65_HS1-834228961_62-HQ-83894_Section_8
Agency: FBI
Page 87
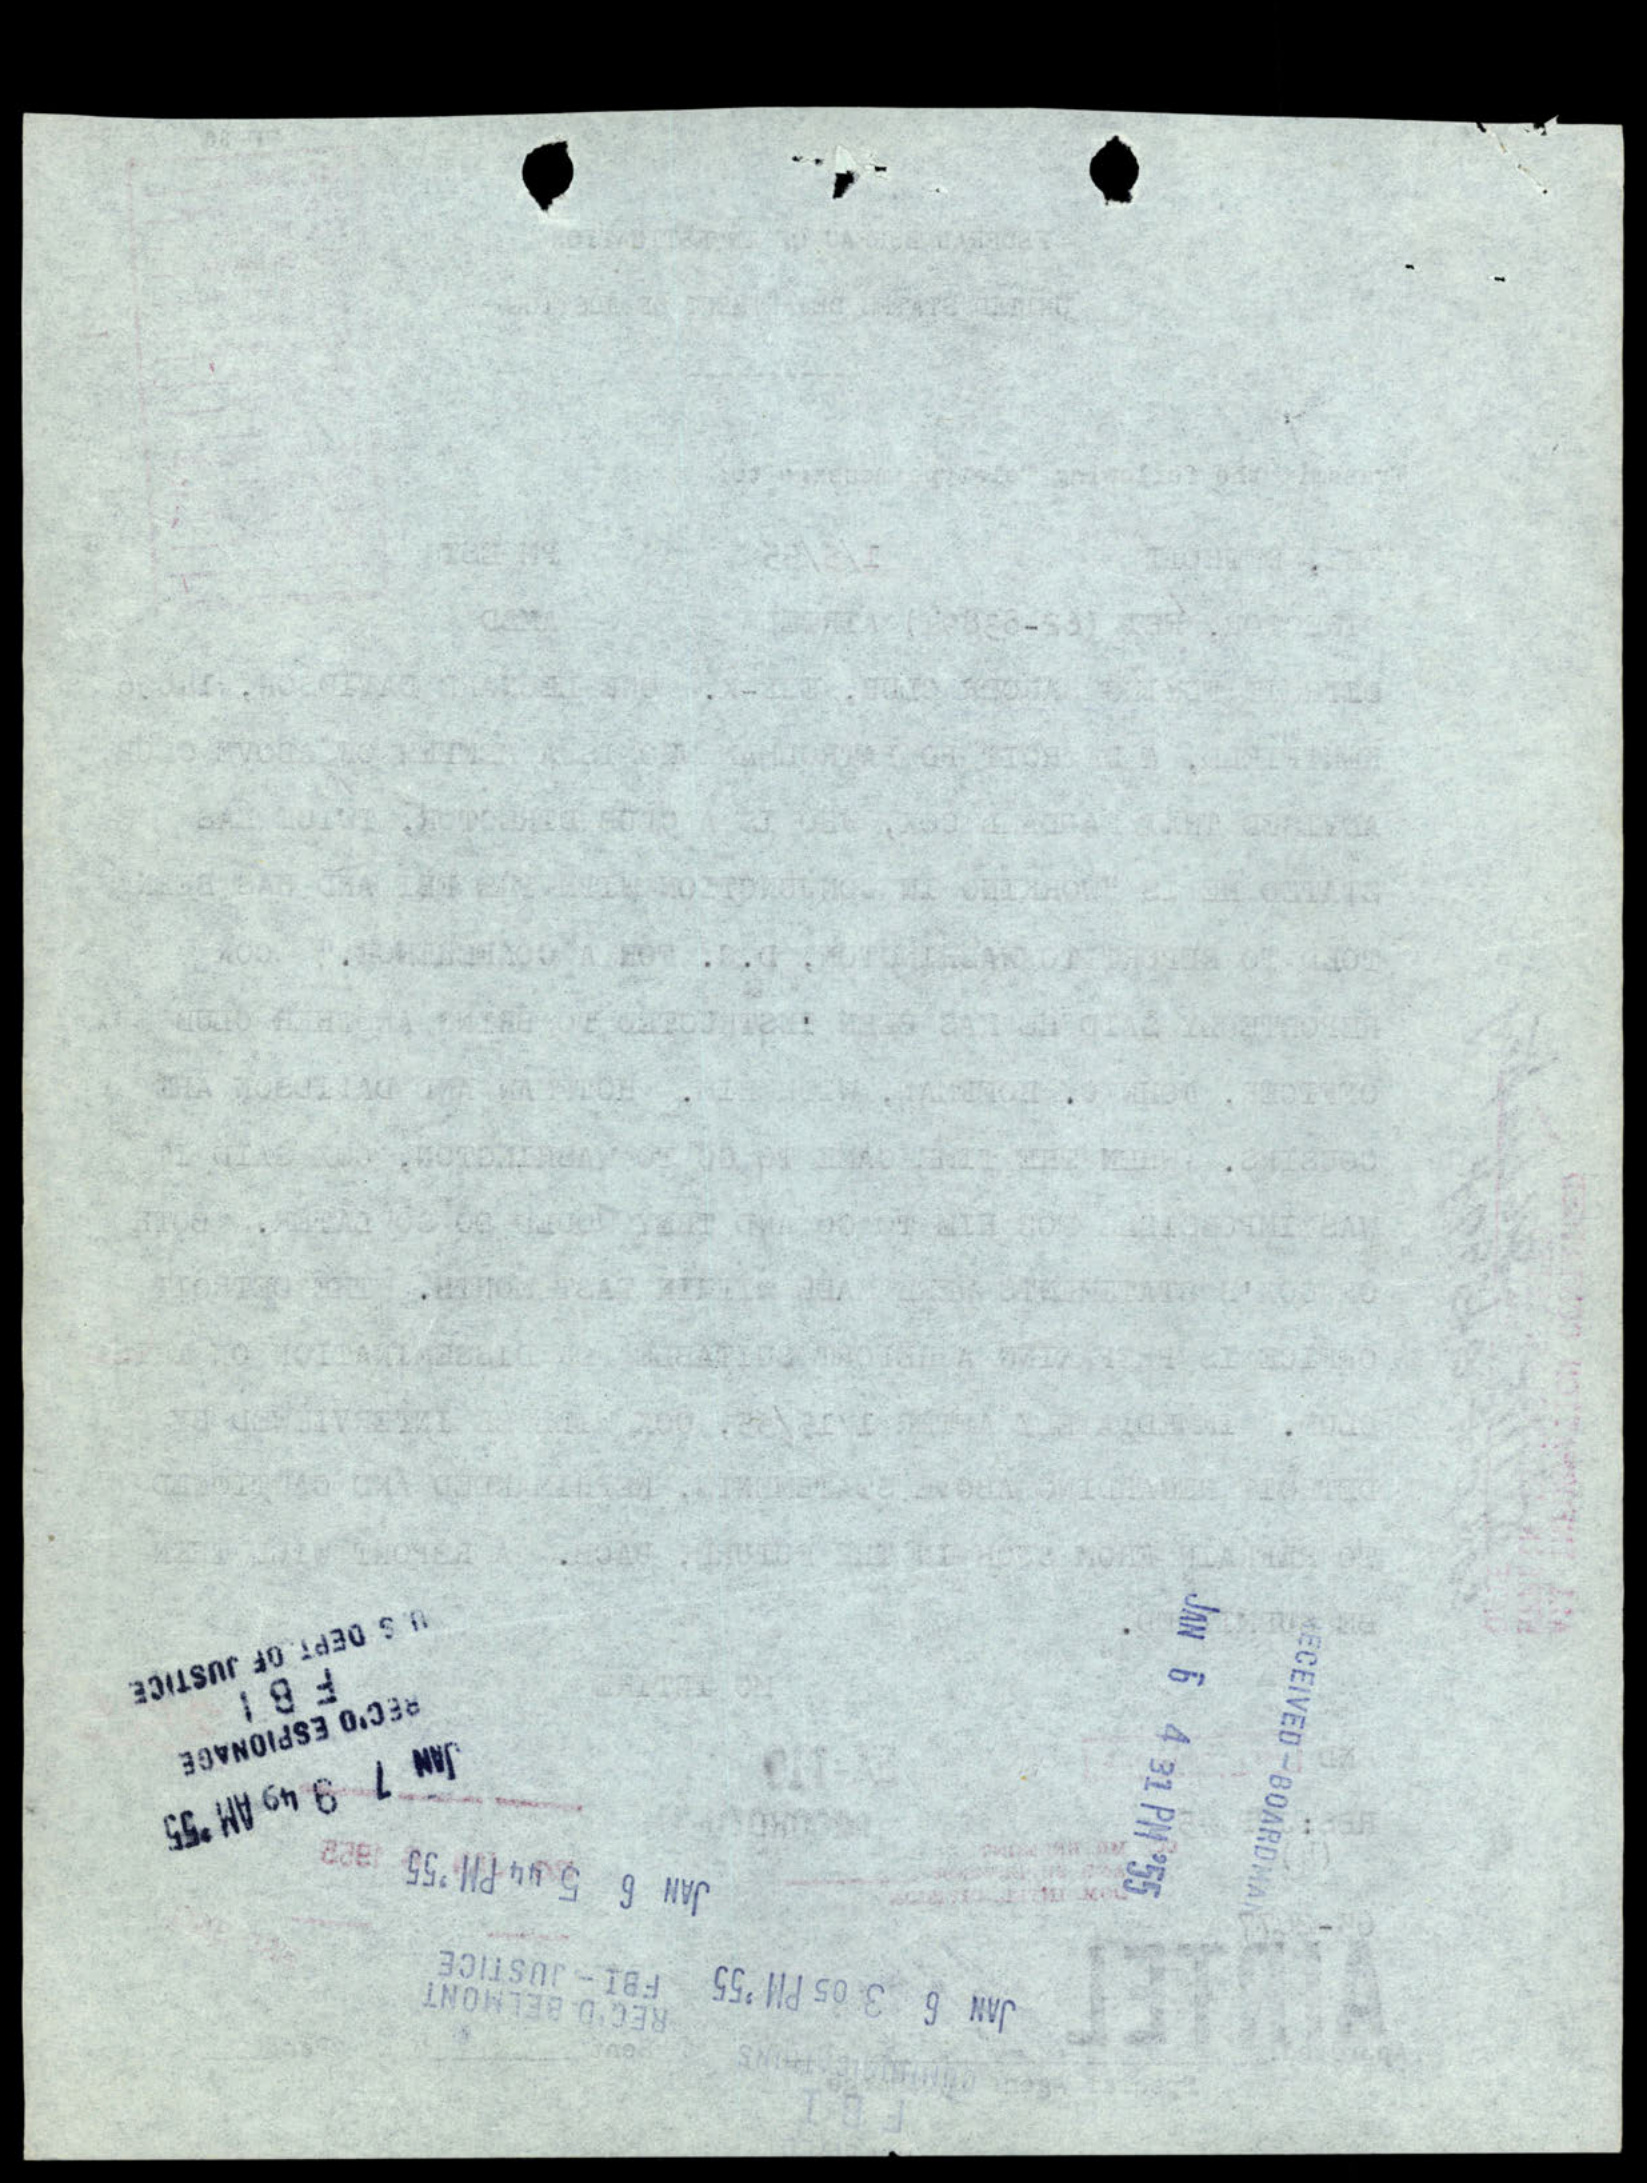